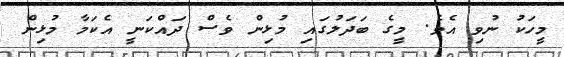
މީހަކު ނުވި އެވެ. މީގެ ބަދަލުގައި މުޅިން ވެސް ދައްކަނީ އެކަމާ މުޅިން